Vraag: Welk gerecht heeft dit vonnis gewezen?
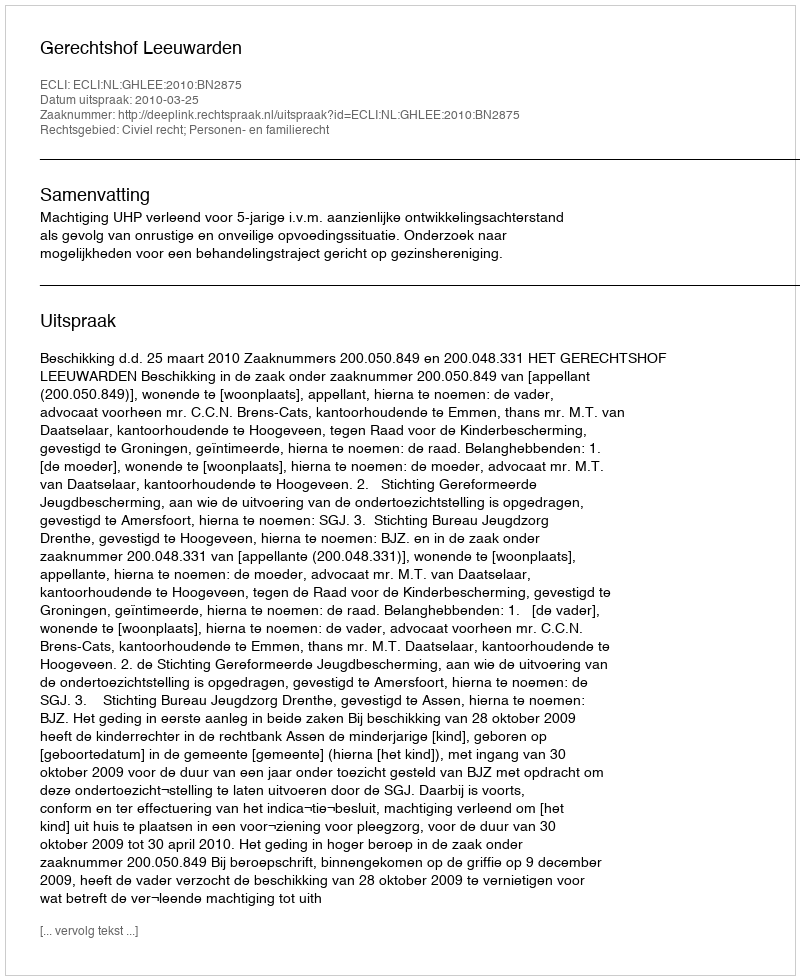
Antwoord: Gerechtshof Leeuwarden